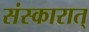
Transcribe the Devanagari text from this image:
संस्कारात्